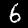
Digit: 6